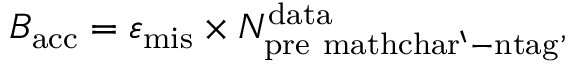
B _ { \mathrm { a c c } } = \varepsilon _ { \mathrm { m i s } } \times N _ { \mathrm { p r e \ m a t h c h a r ` - n t a g } } ^ { \mathrm { d a t a } } ,